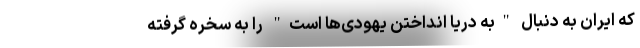
که ایران به دنبال "به دریا انداختن یهودی‌ها است" را به سخره گرفته